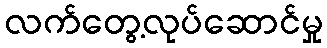
လက်တွေ့လုပ်ဆောင်မှု